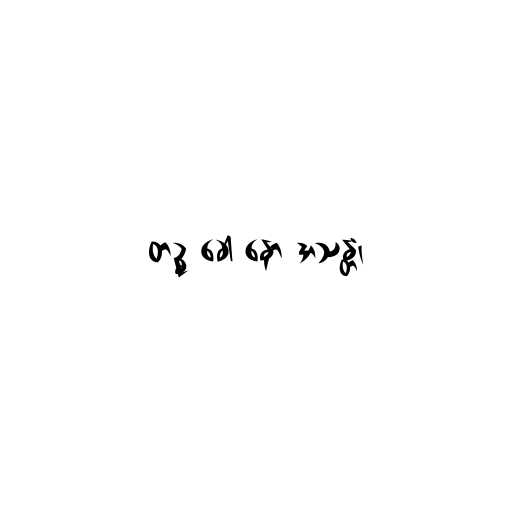
တဉ္စ ခေါ နော အသန္တံ၊